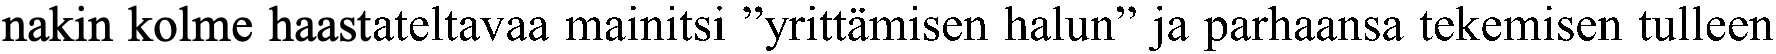
nakin kolme haastateltavaa mainitsi ”yrittämisen halun” ja parhaansa tekemisen tulleen